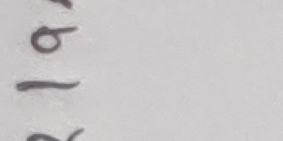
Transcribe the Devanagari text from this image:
१७७६